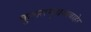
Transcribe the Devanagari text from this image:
कुलसमुच्चयाबाहेर